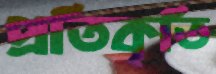
প্রতিকৃতি